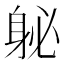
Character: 𰸽